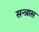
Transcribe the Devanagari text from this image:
सन्त्रास